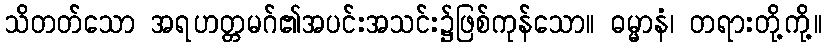
သိတတ်သော အရဟတ္တမဂ်၏အပင်းအသင်း၌ဖြစ်ကုန်သော။ ဓမ္မာနံ၊ တရားတို့ကို့။